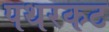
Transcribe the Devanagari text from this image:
पथरकट